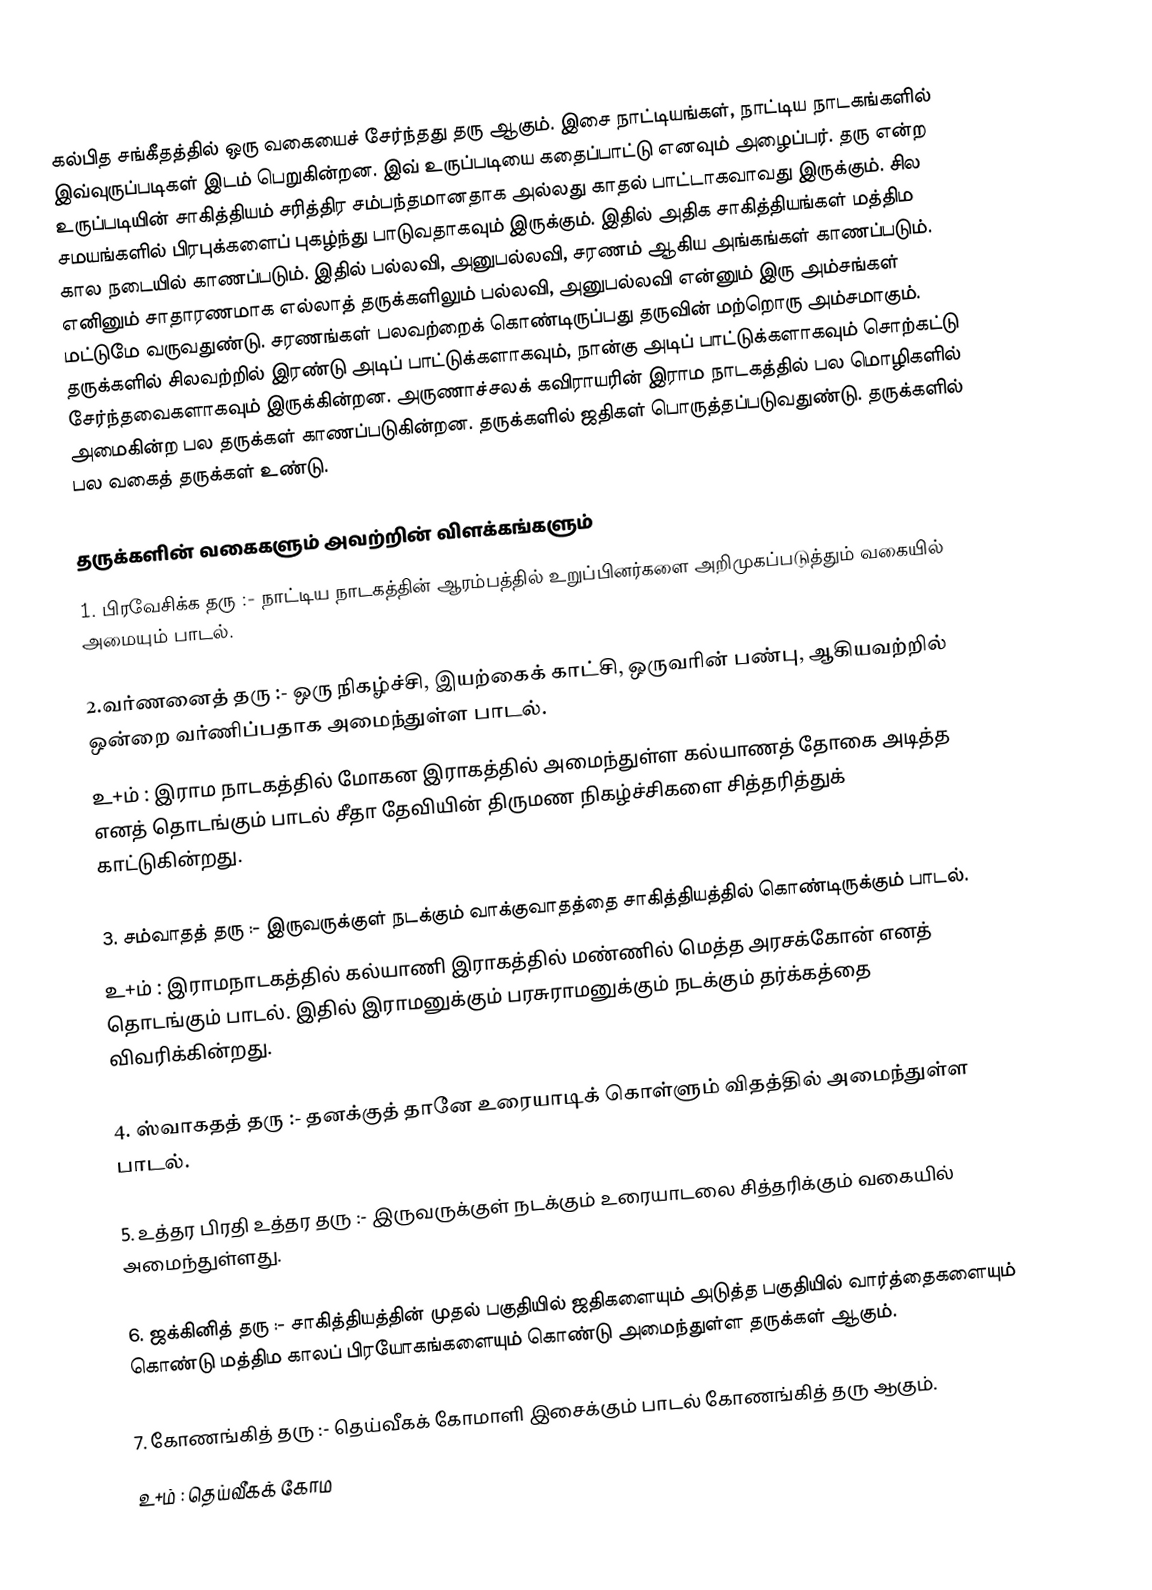
கல்பித சங்கீதத்தில் ஒரு வகையைச் சேர்ந்தது தரு ஆகும். இசை நாட்டியங்கள், நாட்டிய நாடகங்களில் இவ்வுருப்படிகள் இடம் பெறுகின்றன. இவ் உருப்படியை கதைப்பாட்டு எனவும் அழைப்பர். தரு என்ற உருப்படியின் சாகித்தியம் சரித்திர சம்பந்தமானதாக அல்லது காதல் பாட்டாகவாவது இருக்கும். சில சமயங்களில் பிரபுக்களைப் புகழ்ந்து பாடுவதாகவும் இருக்கும். இதில் அதிக சாகித்தியங்கள்  மத்திம கால நடையில் காணப்படும். இதில் பல்லவி, அனுபல்லவி, சரணம் ஆகிய அங்கங்கள் காணப்படும். எனினும் சாதாரணமாக எல்லாத் தருக்களிலும் பல்லவி, அனுபல்லவி என்னும் இரு அம்சங்கள் மட்டுமே வருவதுண்டு. சரணங்கள் பலவற்றைக் கொண்டிருப்பது தருவின் மற்றொரு அம்சமாகும். தருக்களில் சிலவற்றில் இரண்டு அடிப் பாட்டுக்களாகவும், நான்கு அடிப் பாட்டுக்களாகவும் சொற்கட்டு சேர்ந்தவைகளாகவும் இருக்கின்றன. அருணாச்சலக் கவிராயரின் இராம நாடகத்தில் பல மொழிகளில் அமைகின்ற பல தருக்கள் காணப்படுகின்றன. தருக்களில் ஜதிகள் பொருத்தப்படுவதுண்டு. தருக்களில் பல வகைத் தருக்கள் உண்டு.

தருக்களின் வகைகளும் அவற்றின் விளக்கங்களும்
1. பிரவேசிக்க தரு :- நாட்டிய நாடகத்தின் ஆரம்பத்தில் உறுப்பினர்களை அறிமுகப்படுத்தும் வகையில் அமையும் பாடல்.

2.வர்ணனைத் தரு :- ஒரு நிகழ்ச்சி, இயற்கைக் காட்சி, ஒருவரின் பண்பு, ஆகியவற்றில் ஒன்றை வர்ணிப்பதாக அமைந்துள்ள பாடல்.
உ+ம் : இராம நாடகத்தில் மோகன இராகத்தில் அமைந்துள்ள கல்யாணத் தோகை அடித்த எனத் தொடங்கும் பாடல் சீதா தேவியின் திருமண நிகழ்ச்சிகளை சித்தரித்துக் காட்டுகின்றது.

3. சம்வாதத் தரு :- இருவருக்குள் நடக்கும் வாக்குவாதத்தை சாகித்தியத்தில் கொண்டிருக்கும் பாடல்.
உ+ம் : இராமநாடகத்தில் கல்யாணி இராகத்தில் மண்ணில் மெத்த அரசக்கோன் எனத் தொடங்கும் பாடல். இதில் இராமனுக்கும் பரசுராமனுக்கும் நடக்கும் தர்க்கத்தை விவரிக்கின்றது.

4. ஸ்வாகதத் தரு :- தனக்குத் தானே உரையாடிக் கொள்ளும் விதத்தில் அமைந்துள்ள பாடல்.

5. உத்தர பிரதி உத்தர தரு :- இருவருக்குள் நடக்கும் உரையாடலை சித்தரிக்கும் வகையில் அமைந்துள்ளது.

6. ஜக்கினித் தரு :- சாகித்தியத்தின் முதல் பகுதியில் ஜதிகளையும் அடுத்த பகுதியில் வார்த்தைகளையும் கொண்டு மத்திம காலப் பிரயோகங்களையும் கொண்டு அமைந்துள்ள தருக்கள் ஆகும்.

7. கோணங்கித் தரு :- தெய்வீகக் கோமாளி இசைக்கும் பாடல் கோணங்கித் தரு ஆகும்.
உ+ம் : தெய்வீகக் கோம